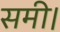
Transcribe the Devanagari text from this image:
समी।